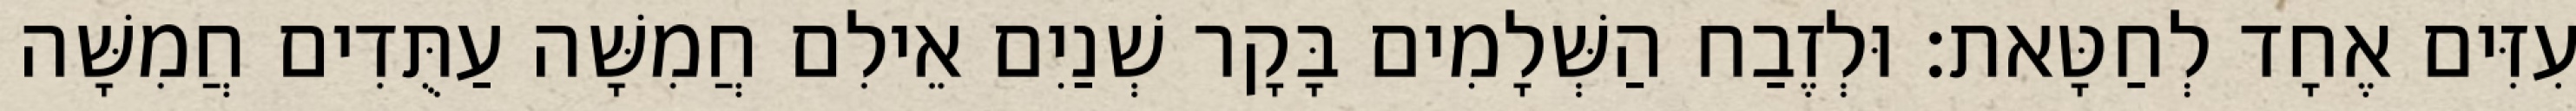
עִזִּים אֶחָד לְחַטָּאת׃ וּלְזֶבַח הַשְּׁלָמִים בָּקָר שְׁנַיִם אֵילִם חֲמִשָּׁה עַתֻּדִים חֲמִשָּׁה